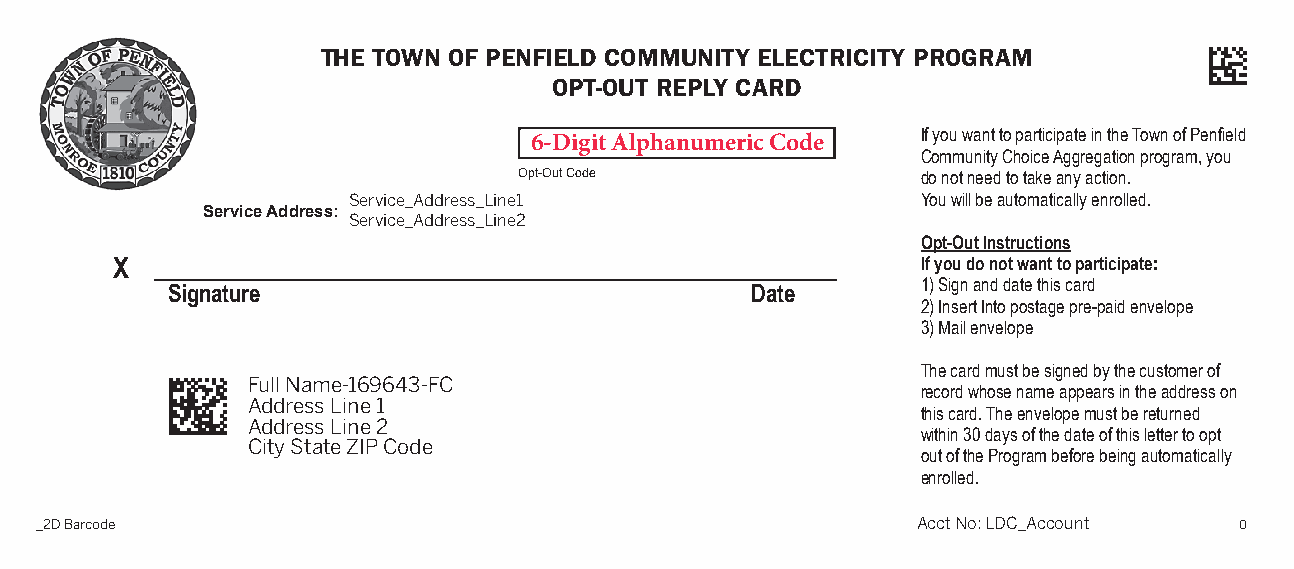
THE TOWN OF PENFIELD COMMUNITY ELECTRICITY PROGRAM
 OPT-OUT REPLY CARD
 If you want to participate in the Town of Penfield
 6-Digit Alphanumeric Code
 Community Choice Aggregation program, you
 Opt-Out Code               do not need to take any action.
 Service_Address_Line1                 You will be automatically enrolled.
 Service Address:
 Service_Address_Line2
 Opt-Out Instructions
 X                                                    If you do not want to participate:
 Signature                              Date       1)Sign and date this card
 2)Insert Into postage pre-paid envelope
 3)Mail envelope
 The card must be signed by the customer of
 Full Name-169643-FC
 record whose name appears in the address on
 Address Line 1
 this card. The envelope must be returned
 Address Line 2
 within 30 days of the date of this letter to opt
 City State ZIP Code
 out of the Program before being automatically
 enrolled.
 _2D Barcode                                                Acct No: LDC_Account 0